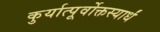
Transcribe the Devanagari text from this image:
कुर्यात्पूर्वोक्तस्यार्धं